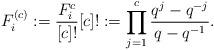
LaTeX: \begin{align*}F_i^{(c)} := \frac{F_i^c}{[c]!} [c]! := \prod_{j=1}^c\frac{q^{j}-q^{-j}}{q-q^{-1}}.\end{align*}